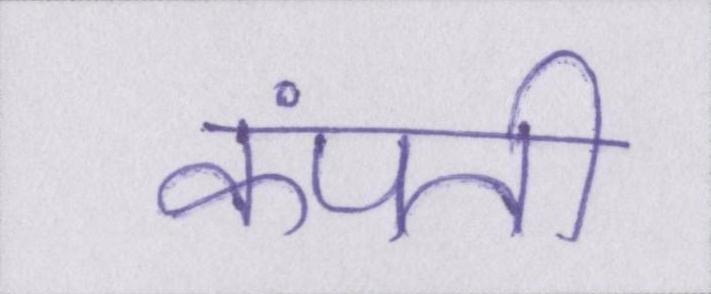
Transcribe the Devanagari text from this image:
कंपती